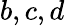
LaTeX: b,c,d